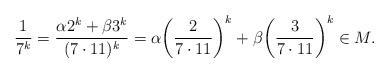
LaTeX: \begin{align*}\frac 1{7^k} = \frac{\alpha 2^k + \beta 3^k}{(7 \cdot 11)^k} = \alpha \bigg(\frac 2{7 \cdot 11}\bigg)^k + \beta \bigg(\frac 3{7 \cdot 11}\bigg)^k \in M.\end{align*}